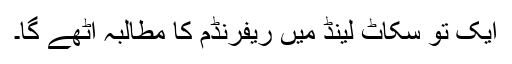
ایک تو سکاٹ لینڈ میں ریفرنڈم کا مطالبہ اٹھے گا۔